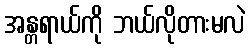
အန္တရာယ်ကို ဘယ်လိုတားမလဲ